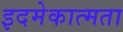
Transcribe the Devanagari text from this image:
इदमेकात्मता